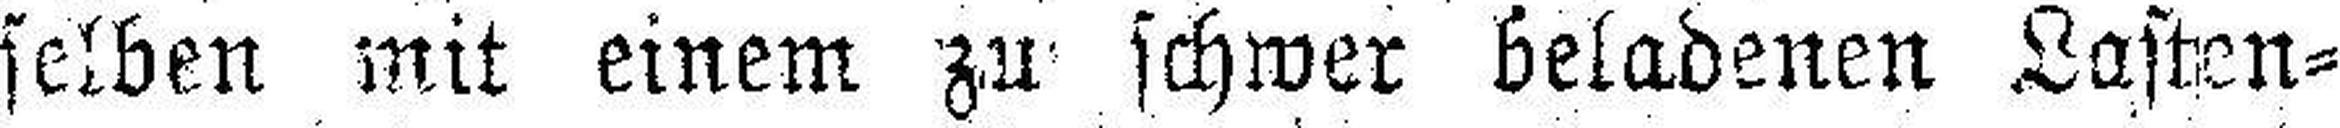
selben mit einem zu schwer beladenen Lasten¬